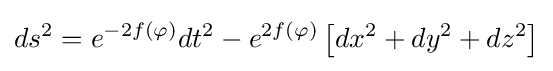
ds^{2}=e^{-2f(\varphi )}dt^{2}-e^{2f(\varphi )}\left[dx^{2}+dy^{2}+dz^{2}\right]